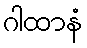
ဂါထာနံ